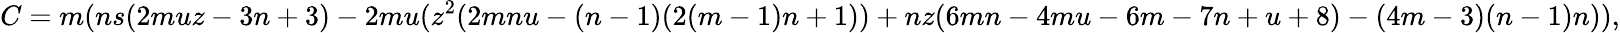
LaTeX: C=m(ns(2muz-3n+3)-2mu(z^{2}(2mnu-(n-1)(2(m-1)n+1))+nz(6mn-4mu-6m-7n+u+8)-(4m-3)(n-1)n)),